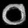
Digit: ၀